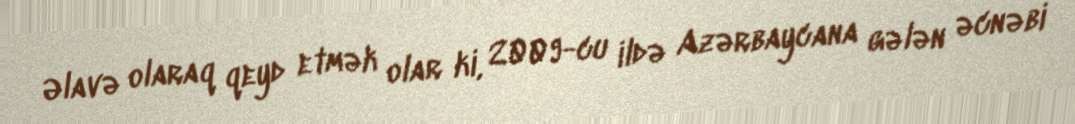
Əlavə olaraq qeyd etmək olar ki, 2009-cu ildə Azərbaycana gələn əcnəbi